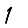
Digit: 1